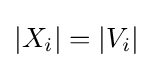
|X_{i}|=|V_{i}|